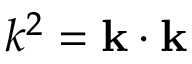
k ^ { 2 } = \mathbf { k } \cdot \mathbf { k }